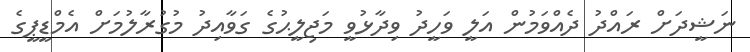
ނަޝީދަށް ރައްދު ދެއްވަމުން އަލީ ވަހީދު ވިދާޅުވީ މަޖިލީޙުގެ ގަވާއިދު މުގުރާލުމަށް އެމްޑީޕީގެ